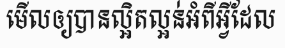
មើលឲ្យបានល្អិតល្អន់អំពីអ្វីដែល